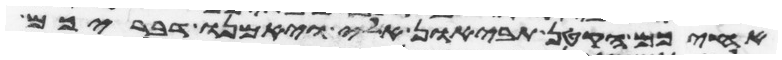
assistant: אחיכם הקטן תביאון אלי ויאמנו דבריכם